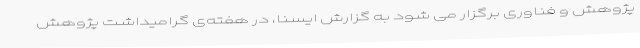
پژوهش و فناوری برگزار می شود به گزارش ایسنا، در هفته‌ی گرامیداشت پژوهش